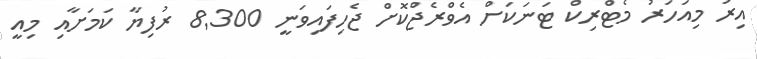
އިރު މިއަހަރު މެޓްރިކް ޓަނަކަށް އެވްރެޖްކޮށް ޖެހިފައިވަނީ 8